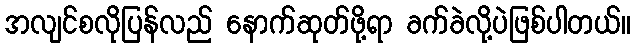
အလျင်စလိုပြန်လည် နောက်ဆုတ်ဖို့ရာ ခက်ခဲလို့ပဲဖြစ်ပါတယ်။